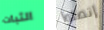
الثبات إتصلوا